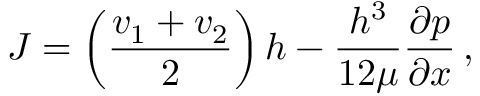
J = \left( \frac { v _ { 1 } + v _ { 2 } } { 2 } \right) h - \frac { h ^ { 3 } } { 1 2 \mu } \frac { \partial p } { \partial x } \, ,